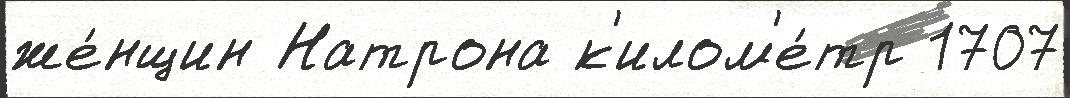
же́нщин Натрона к'илом'е́тр 1707